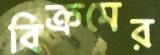
বিক্রমের